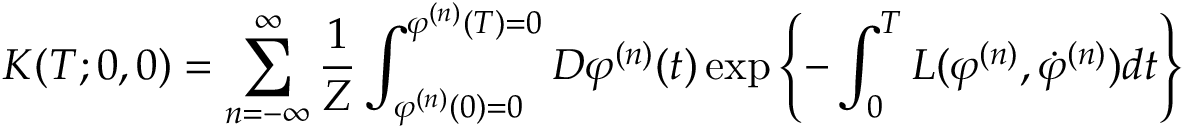
K ( T ; 0 , 0 ) = \sum _ { n = - \infty } ^ { \infty } \frac { 1 } { Z } \int _ { \varphi ^ { ( n ) } ( 0 ) = 0 } ^ { \varphi ^ { ( n ) } ( T ) = 0 } { \cal D } \varphi ^ { ( n ) } ( t ) \exp \left\{ - \int _ { 0 } ^ { T } L ( \varphi ^ { ( n ) } , \dot { \varphi } ^ { ( n ) } ) d t \right\}